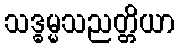
သဒ္ဓမ္မသညတ္တိယာ